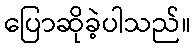
ပြောဆိုခဲ့ပါသည်။